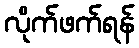
လိုက်ဖက်ရန်